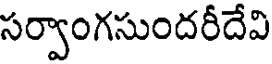
సర్వాంగసుందరీదేవి